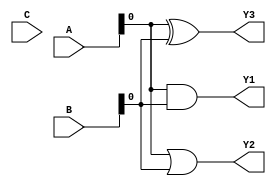
module combinational_logic (
    input wire [3:0] A,        // 4-bit input A
    input wire [3:0] B,        // 4-bit input B
    input wire C,              // 1-bit input C
    output wire Y1,            // Output for AND function
    output wire Y2,            // Output for OR function
    output wire Y3             // Output for XOR function
);

// Shared logic
wire [3:0] A_and_B;          // Intermediate signal for AND operation
wire [3:0] A_or_B;           // Intermediate signal for OR operation

// Implement shared logic
assign A_and_B = A & B;      // AND operation
assign A_or_B = A | B;       // OR operation

// Final outputs using shared logic
assign Y1 = A_and_B[0];      // Output for AND function (using shared AND result)
assign Y2 = A_or_B[0];       // Output for OR function (using shared OR result)
assign Y3 = A[0] ^ B[0];     // XOR operation (not using shared logic)

endmodule